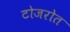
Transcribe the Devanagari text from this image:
टोजरोत